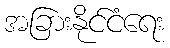
အခြားနိုင်ငံရေး